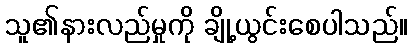
သူ၏နားလည်မှုကို ချို့ယွင်းစေပါသည်။